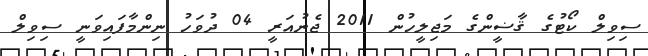
ސިވިލް ކޯޓުގެ ޤާޟީންގެ މަޖިލީހުން 2011 ޖެނުއަރީ 04 ދުވަހު ނިންމާފައިވަނީ ސިވިލް